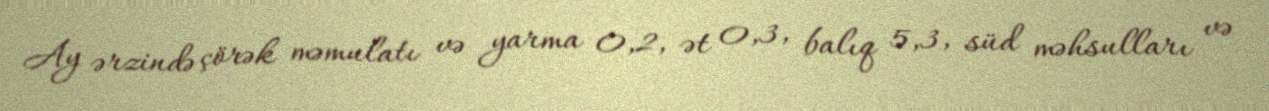
Ay ərzində çörək məmulatı və yarma 0,2, ət 0,3, balıq 5,3, süd məhsulları və